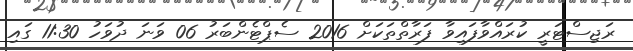
ރަޖިސްޓަރީ ކުރައްވާފައިވާ ފަރާތްތަކަށް 2016 ސެޕްޓެންބަރު 06 ވަނަ ދުވަހު 11:30 ގައި